Annual administration report of the Civil Veterinary Department of India - 1898-1899
Year: 1898
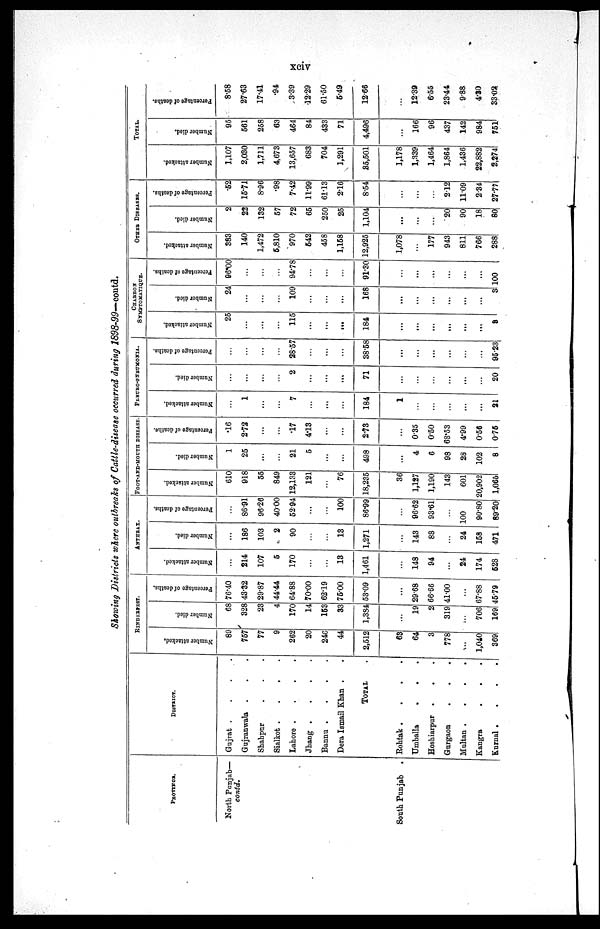
xciv
Showing Districts where outbreaks of Cattle-disease occurred during 1898-99—contd.
PROVINCE.
North Panjab—
contd.
South Punjab .
DISTRICT.
Gujrat .
.
.
.
Gujranwala . . .
Shahpur . . .
Sialkot .
.
.
.
Lahore .
.
.
.
Jhang .
.
.
.
Bannu .
.
.
.
Dera Ismail Khan . .
TOTAL .
Rohtak .
.
.
.
Umballa
. . .
Hoshiarpur .
. .
Gurgaon . . .
Multan .
.
.
.
Kangra
.
.
.
Kurnal .
.
.
.
RINDEREST.
Number attacked,
89
757
77
9
262
20
246
44
2,512
63
64
3
778
...
1,040
369
Number died.
68
328
23
4
170
14
153
33
1,384
...
19
2
319
...
706
169
Percentage of deaths.
76.40
43.32
29.87
44.44
64.88
70.00
62.19
75.00
53.09
...
29.68
66.66
41.00
...
67.88
45.79
ANTHRAX.
Number attacked.
...
214
107
5
170
...
...
13
1,461
...
148
94
...
24
174
528
Number died.
...
186
103
2
90
...
...
13
1,271
...
143
88
...
24
158
471
Percentage of deaths.
...
86.91
96.26
4000
52.94
...
...
100
86.99
...
96.62
93.6l
...
100
90.80
89.20
FOOT-AND-MOUTH DISEASE
Number attacked.
610
918
55
849
12,133
121
...
76
18,235
36
1,127
1,190
143
601
20,902
1,065
Number died.
1
25
...
...
21
5
...
...
498
...
4
6
98
28
102
8
Percentage of deaths.
16
2.72
...
...
17
4.13
...
...
2.73
...
0.35
0.50
68.53
4.99
0.56
0.75
PLEURO-PNRUMONIA.
Number attacked.
...
1
...
...
7
...
...
...
184
1
...
...
...
...
...
21
Number died.
...
...
...
...
2
...
...
...
71
...
...
...
...
...
...
20
Percentage of deaths.
...
...
...
...
28.57
...
...
...
38.58
...
...
...
...
...
...
95.23
CHARBON
SYMPTOMATIQUE.
Number attacked.
25
...
...
...
115
...
...
...
184
...
...
...
...
...
...
3
Number died.
24
...
...
...
109
...
...
...
168
...
...
...
...
...
...
3
Percentage of deaths.
96.00
...
...
...
94.78
...
...
...
91.30
...
...
...
...
...
...
100
OTHER DISEASES.
Number attacked.
383
140
1,472
5,810
970
542
458
1,158
12,925
1,078
...
177
943
811
766
288
Number died.
2
22
132
57
72
65
250
25
1,104
...
...
...
20
90
18
80
Percentage of deaths.
.52
15.71
8.96
.98
7.42
11.99
61.13
2.16
8.54
...
...
...
2.12
11.09
2.34
27.77
TOTAL
Number attacked.
1,107
2,030
1,711
4,673
13,657
683
704
1,291
35,501
1,178
1,339
1,464
1,864
1,436
22,882
2,274
Number died.
95
561
258
63
464
84
433
71
4,496
...
166
96
437
142
984
751
Percentage of deaths.
8.58
27.63
17.41
.94
3.39
12.29
61.50
5.49
12.66
...
12.39
6.55
23.44
9.88
4.30
33.02